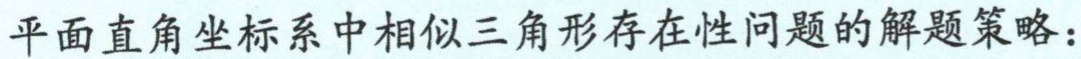
平面直角坐标系中相似三角形存在性问题的解题策略：